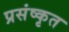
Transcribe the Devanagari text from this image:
प्रसंष्कृत